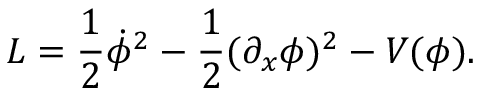
{ \cal L } = \frac { 1 } { 2 } \dot { \phi } ^ { 2 } - \frac { 1 } { 2 } ( \partial _ { x } \phi ) ^ { 2 } - V ( \phi ) .